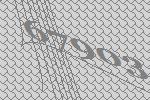
67903